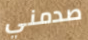
صدمني